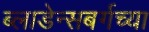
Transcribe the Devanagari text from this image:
ब्लाडेन्सबर्गच्या